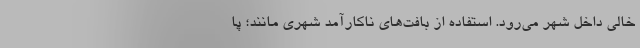
خالی داخل شهر می‌رود. استفاده از بافت‌های ناکارآمد شهری مانند؛ پا